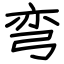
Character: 弯